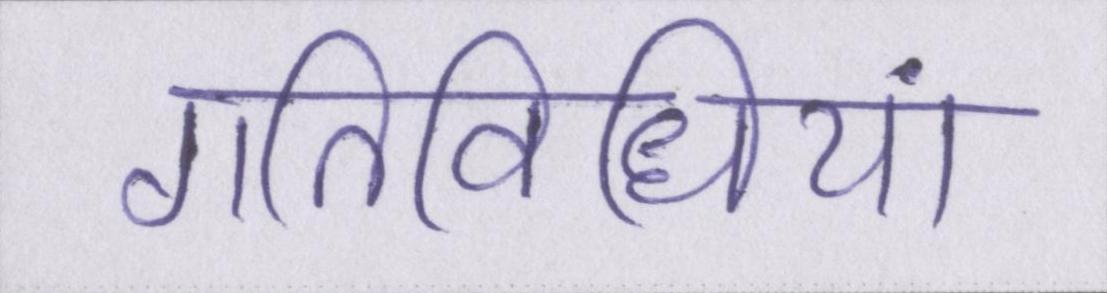
गतिविधियां